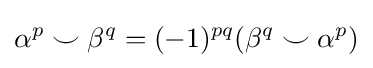
\alpha ^{p}\smile \beta ^{q}=(-1)^{pq}(\beta ^{q}\smile \alpha ^{p})